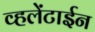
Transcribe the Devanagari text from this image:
व्हलेंटाईन